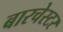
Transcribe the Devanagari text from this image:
बारचेस्टर